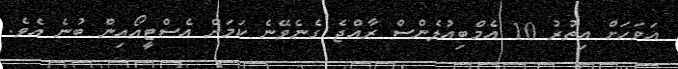
އަވަހަށް އިތުރު 10 އެމްބިއުލެންސް ރާއްޖެ ގެނެވޭނެ ކަމަށް އެސްޓީއޯއިން ބުނެ އެވެ.